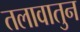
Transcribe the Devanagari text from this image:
तलावातुन